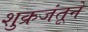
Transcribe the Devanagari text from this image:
शुक्रजंतूने